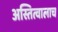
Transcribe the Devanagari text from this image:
अस्तित्वालाच